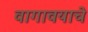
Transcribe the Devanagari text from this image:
वागावयाचे